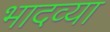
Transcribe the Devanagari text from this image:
भादव्या